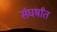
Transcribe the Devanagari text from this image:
संघर्षांत